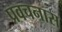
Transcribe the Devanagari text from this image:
प्रवचनास